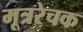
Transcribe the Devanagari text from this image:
मूत्ररेचक